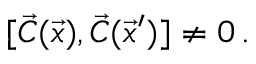
[ \vec { C } ( \vec { x } ) , \vec { C } ( \vec { x } ^ { \prime } ) ] \neq 0 \, .